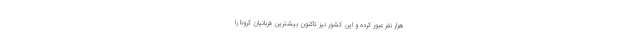
هزار نفر عبور کرده و این کشور نیز تاکنون بیشترین قربانیان کرونا را